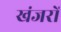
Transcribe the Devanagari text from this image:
खंजरों